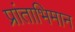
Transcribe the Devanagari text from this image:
प्रांताभिमान